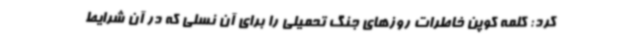
کرد: کلمه کوپن خاطرات روزهای جنگ تحمیلی را برای آن نسلی که در آن شرایط